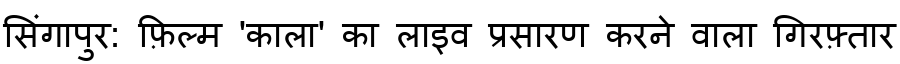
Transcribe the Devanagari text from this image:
सिंगापुर: फ़िल्म 'काला' का लाइव प्रसारण करने वाला गिरफ़्तार